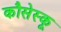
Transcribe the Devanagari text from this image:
कौसेस्कू